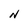
Character: N